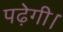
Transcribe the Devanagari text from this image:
पढ़ेगी।